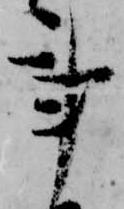
事